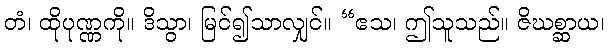
တံ၊ ထိုပုဏ္ဏကို။ ဒိသွာ၊ မြင်၍သာလျှင်။ “ဧသ၊ ဤသူသည်။ ဇိဃစ္ဆာယ၊